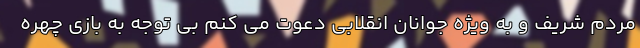
مردم شریف و به ویژه جوانان انقلابی دعوت می کنم بی توجه به بازی چهره